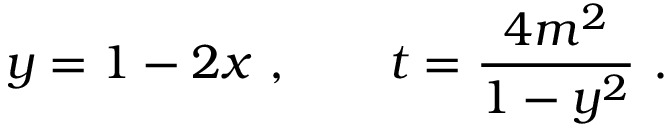
y = 1 - 2 x \, \, , \qquad t = \frac { 4 m ^ { 2 } } { 1 - y ^ { 2 } } \, \, .